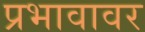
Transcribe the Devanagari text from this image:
प्रभावावर